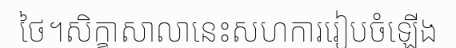
ថៃ។សិក្ខាសាលានេះសហការរៀបចំឡើង